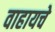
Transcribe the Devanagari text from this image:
वाहायचे